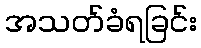
အသတ်ခံရခြင်း